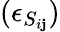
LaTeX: (\epsilon_{S_{i\mathbf{j}}})